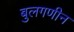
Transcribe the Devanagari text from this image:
बुलगणीन